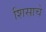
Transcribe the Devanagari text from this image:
शिसाचे